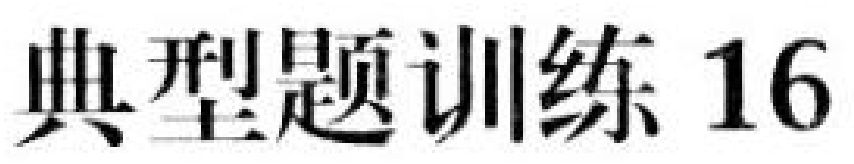
典型题训练 16